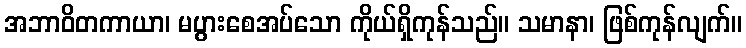
အဘာဝိတကာယာ၊ မပွားစေအပ်သော ကိုယ်ရှိကုန်သည်။ သမာနာ၊ ဖြစ်ကုန်လျက်။